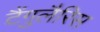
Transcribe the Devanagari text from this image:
टैंगुलैरिस